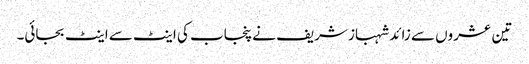
تین عشروں سے زائد شہباز شریف نے پنجاب کی اینٹ سے اینٹ بجائی۔